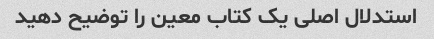
استدلال اصلی یک کتاب معین را توضیح دهید